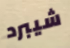
شيبرد